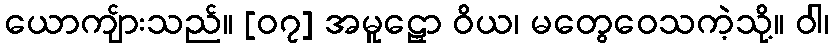
ယောကျ်ားသည်။ [၀၇] အမူဠှော ဝိယ၊ မတွေဝေသကဲ့သို့။ ဝါ၊